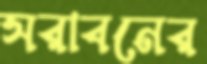
সরাবনের